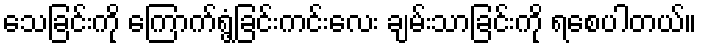
သေခြင်းကို ကြောက်ရွံ့ခြင်းကင်းလေး ချမ်းသာခြင်းကို ရစေပါတယ်။